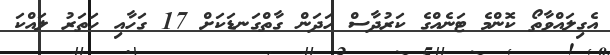
އެގިލައްވާތޯ ކޮންމެ ޓަނެއްގެ ކަރުދާސް ހަދަން ގާތްގަނޑަކަށް 17 ގަހާއި ހަތަރު ލައްކަ